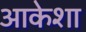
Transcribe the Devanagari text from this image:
आकेशा